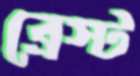
ব্রেস্ট